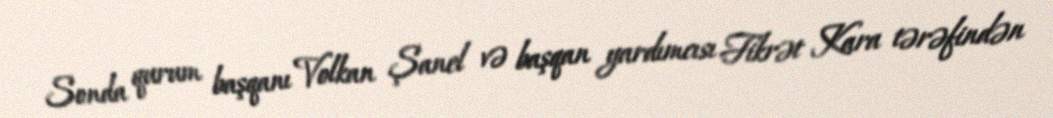
Sonda qurum başqanı Volkan Şanel və başqan yardımcısı Fikrət Kara tərəfindən